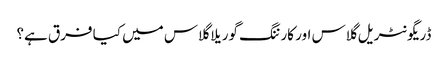
ڈریگونٹریل گلاس اور کارننگ گوریلا گلاس میں کیا فرق ہے؟